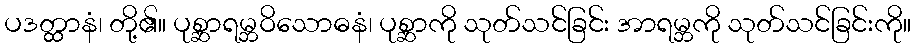
ပဒတ္ထာနံ၊ တို့၏။ ပုစ္ဆာရမ္ဘဝိသောဓနံ၊ ပုစ္ဆာကို သုတ်သင်ခြင်း အာရမ္ဘကို သုတ်သင်ခြင်းကို။